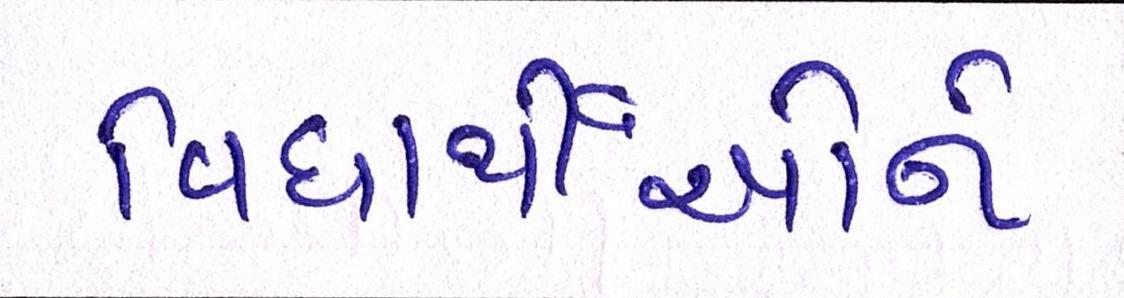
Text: વિધાર્થીઓને